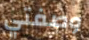
وصفتي